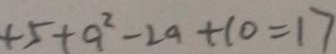
+ 5 + a ^ { 2 } - 2 a + 1 0 = 1 7